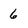
Character: 6